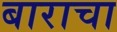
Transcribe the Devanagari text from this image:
बाराचा